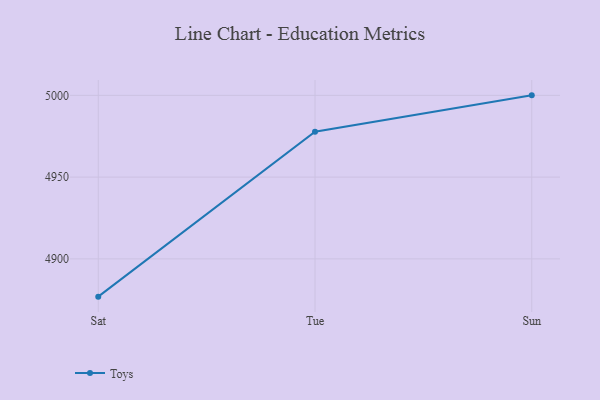
{"axis": {"x": "Day", "y": "Latency (ms)"}, "legend": ["Toys"], "data": [{"x": "Sat", "y": 4876.9, "type": "Toys"}, {"x": "Tue", "y": 4977.7, "type": "Toys"}, {"x": "Sun", "y": 5000, "type": "Toys"}]}